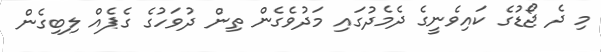
މި ދެ ޖޯޑުގެ ކައިވެނީގެ ދެމެދުގައި މަދުވެގެން ތިން ދުވަހުގެ ގެޕެއް ލިބިގެން